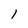
Character: 1